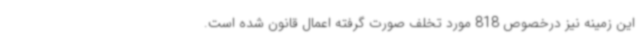
این زمینه نیز درخصوص 818 مورد تخلف صورت گرفته اعمال قانون شده است.